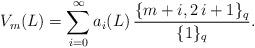
LaTeX: \begin{align*}V_m(L) =\sum_{i=0}^\infty a_i(L) \, \dfrac{\{m+ i, 2\,i+1\}_q}{\{1\}_q}. \end{align*}